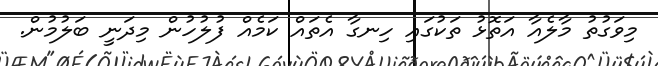
މިވަގުތު މާލެއާ އަތޮޅު ތަކުގައި ހިނގާ އެތައް ކަމެއް ފުލުހުން މިދަނީ ބަލުމުން.